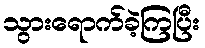
သွားရောက်ခဲ့ကြပြီး